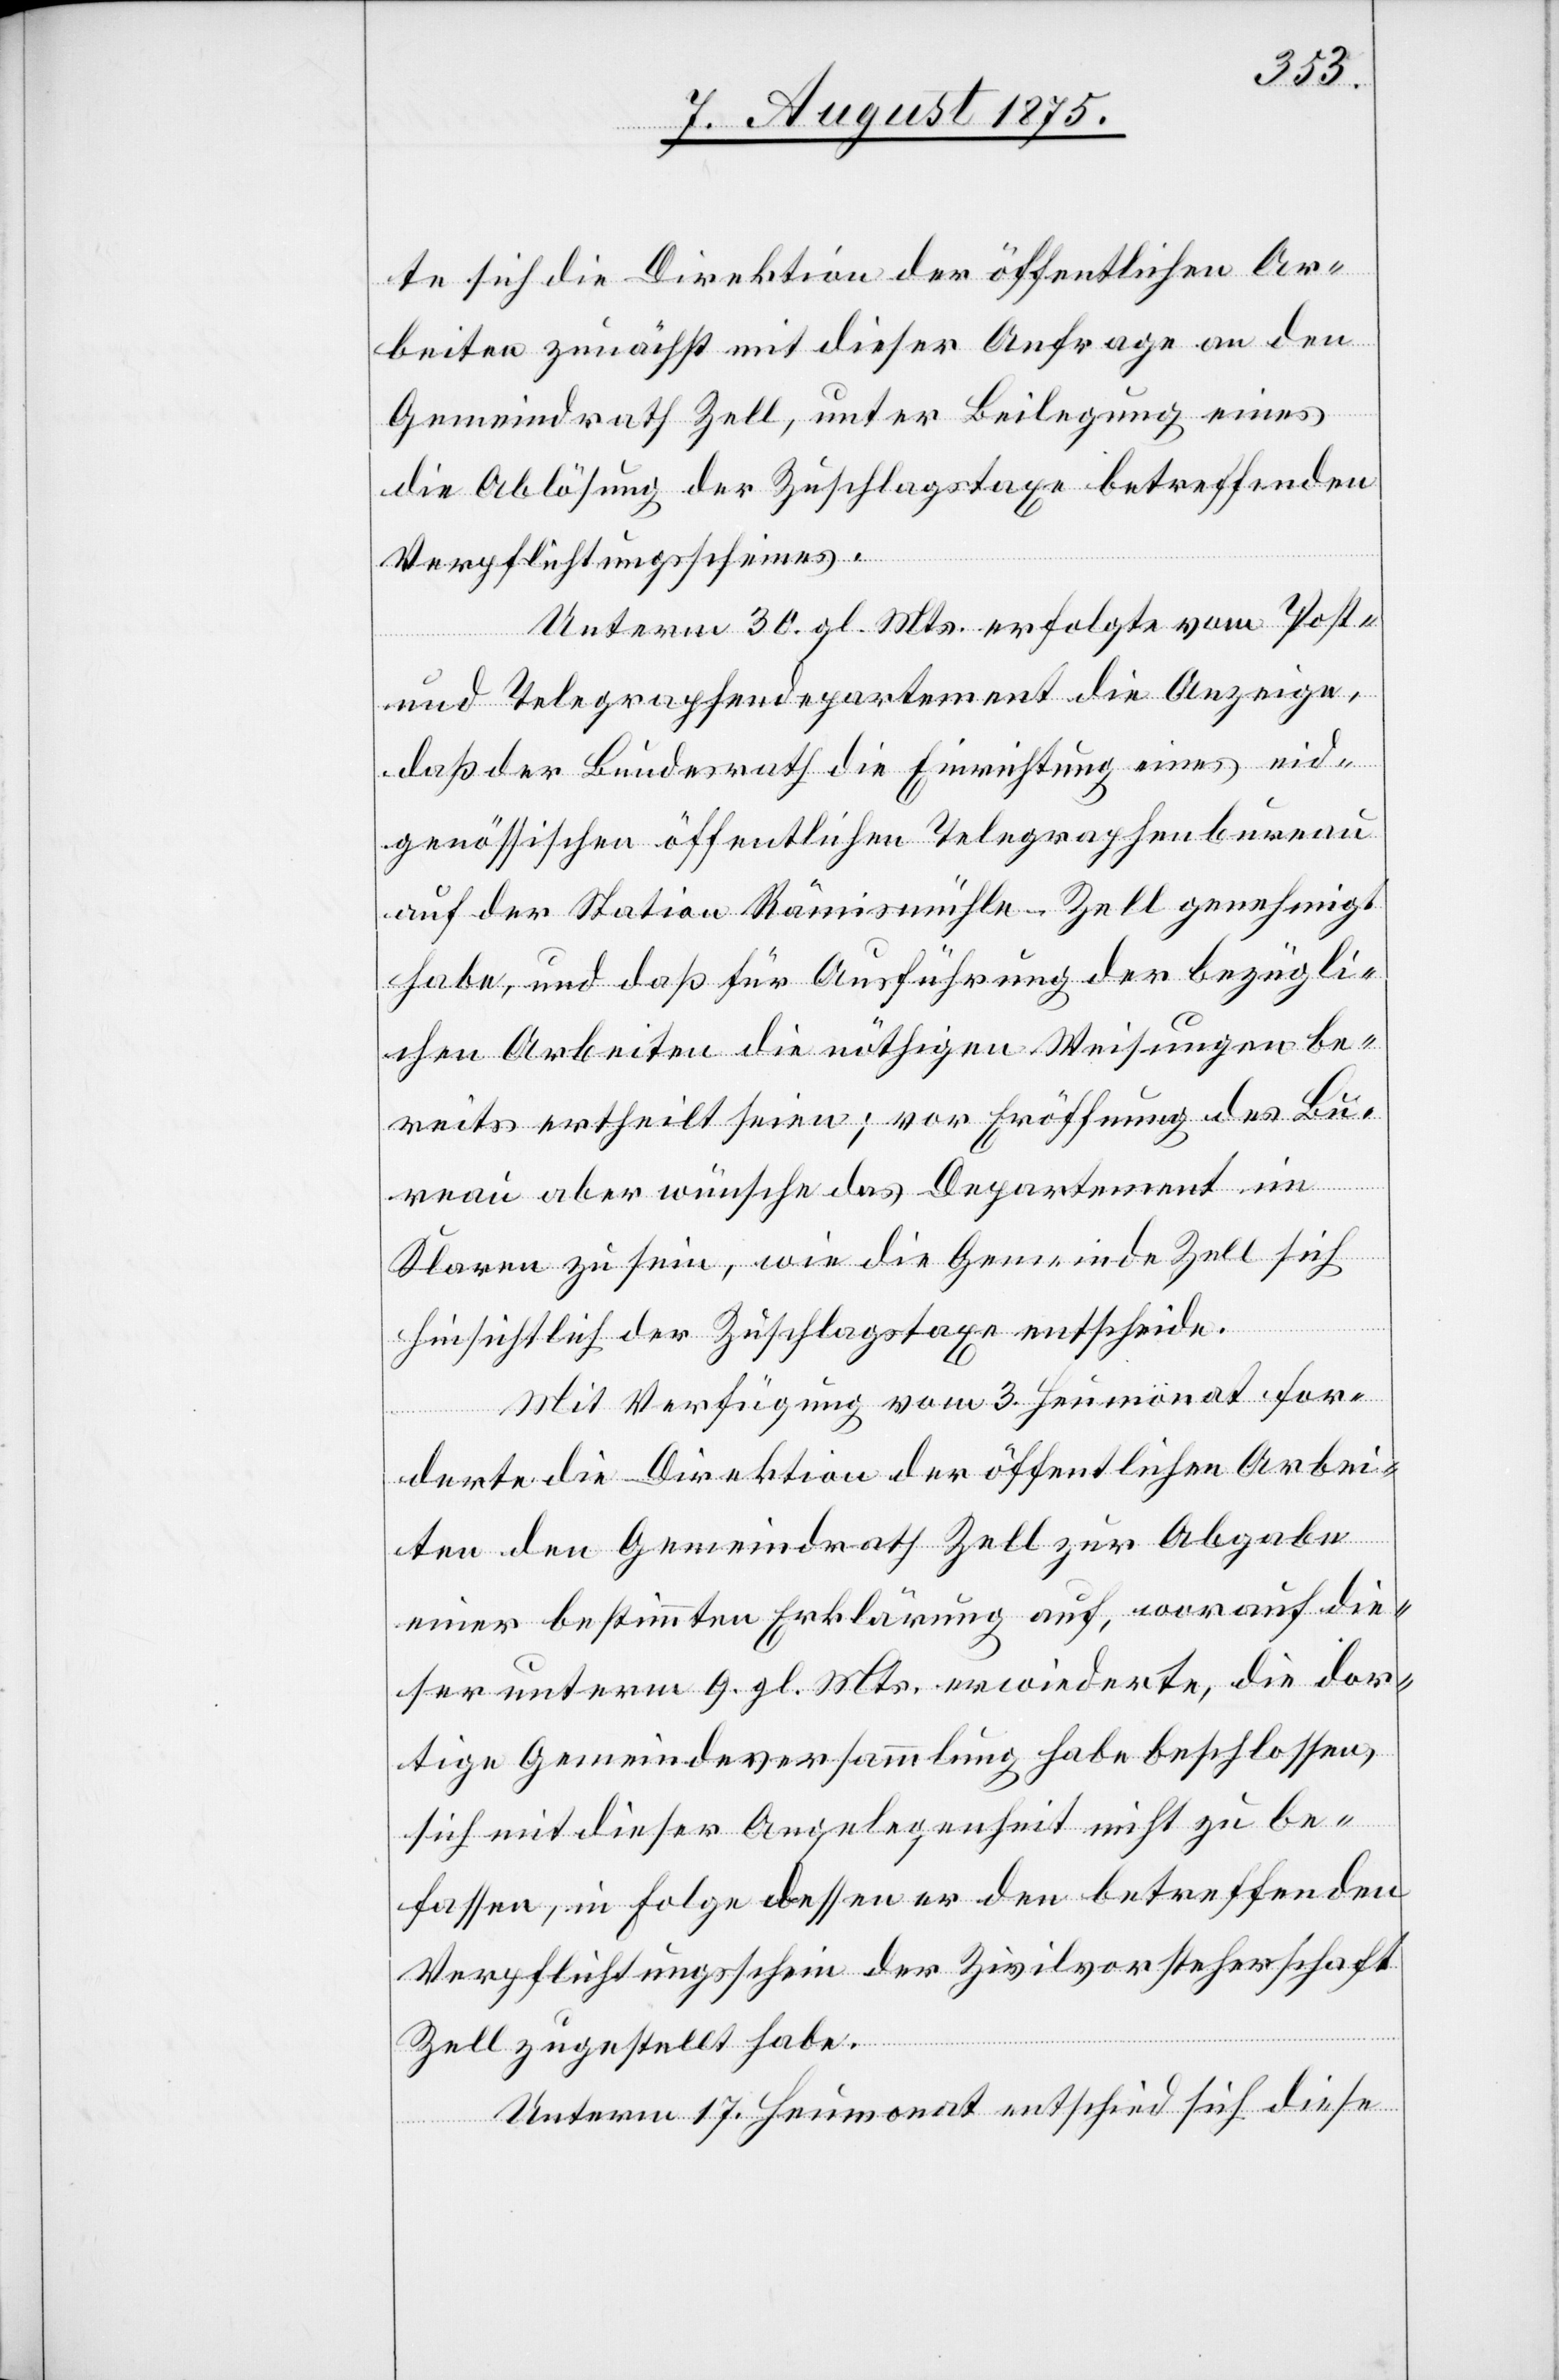
te sich die Direktion der öffentlichen Ar¬
beiten zunächst mit dieser Anfrage an den
Gemeindrath Zell, unter Beilegung eines
die Ablösung der Zuschlagstaxe betreffenden
Verpflichtungsscheines.
Unterm 30. gl. Mts. erfolgte vom Post-
und Telegraphendepartement die Anzeige,
daß der Bundesrath die Einrichtung eines eid¬
genössischen öffentlichen Telegraphenbureau
auf der Station Rämismühle-Zell genehmigt
habe, und daß für Ausführung der bezügli¬
chen Arbeiten die nöthigen Weisungen be¬
reits ertheilt seien; vor Eröffnung des Bu¬
reau aber wünsche das Departement im
Klaren zu sein, wie die Gemeinde Zell sich
hinsichtlich der Zuschlagstaxe entscheide.
Mit Verfügung vom 3. Heumonat for¬
derte die Direktion der öffentlichen Arbei¬
ten den Gemeindrath Zell zur Abgabe
einer bestimmten Erklärung auf, worauf die¬
ser unterm 9. gl. Mts. erwiederte, die dor¬
tige Gemeindsversammlung habe beschlossen,
sich mit dieser Angelegenheit nicht zu be¬
fassen, in Folge dessen er den betreffenden
Verpflichtungsschein der Zivilvorsteherschaft
Zell zugestellt habe.
Unterm 17. Heumonat entschied sich diese